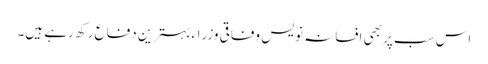
اس سب پر بھی افسانہ نویس وفاقی وزراء بہترین دفاع رکھ رہے ہیں۔